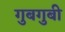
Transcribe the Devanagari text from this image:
गुबगुबी